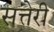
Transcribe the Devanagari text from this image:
सत्तेरी